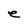
Character: e